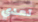
تعدي